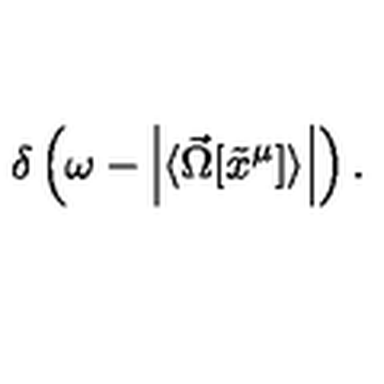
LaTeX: \delta \left( \omega - \left| \langle \vec { \Omega } [ \tilde { x } ^ { \mu } ] \rangle \right| \right) .